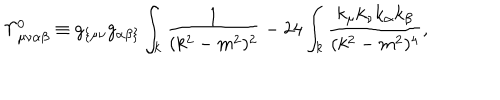
\Upsilon _ { \mu \nu \alpha \beta } ^ { 0 } \equiv g _ { \{ \mu \nu } g _ { \alpha \beta \} } \int _ { k } \frac { 1 } { ( k ^ { 2 } - m ^ { 2 } ) ^ { 2 } } - 2 4 \int _ { k } \frac { k _ { \mu } k _ { \nu } k _ { \alpha } k _ { \beta } } { ( k ^ { 2 } - m ^ { 2 } ) ^ { 4 } } ,